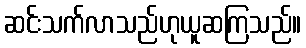
ဆင်းသက်လာသည်ဟုယူဆကြသည်။